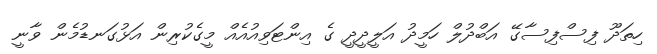
ހިތަދޫ ފިސްފިސާގޭ އަބްދުލް ހަމީދު އަލީދީދީ ގެ އިންޓަވިއުއެއް މީގެކުރިން އަޅުގަނޑުމެން ވާނީ